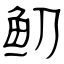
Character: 鱽